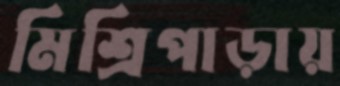
মিশ্রিপাড়ায়